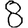
Digit: 8